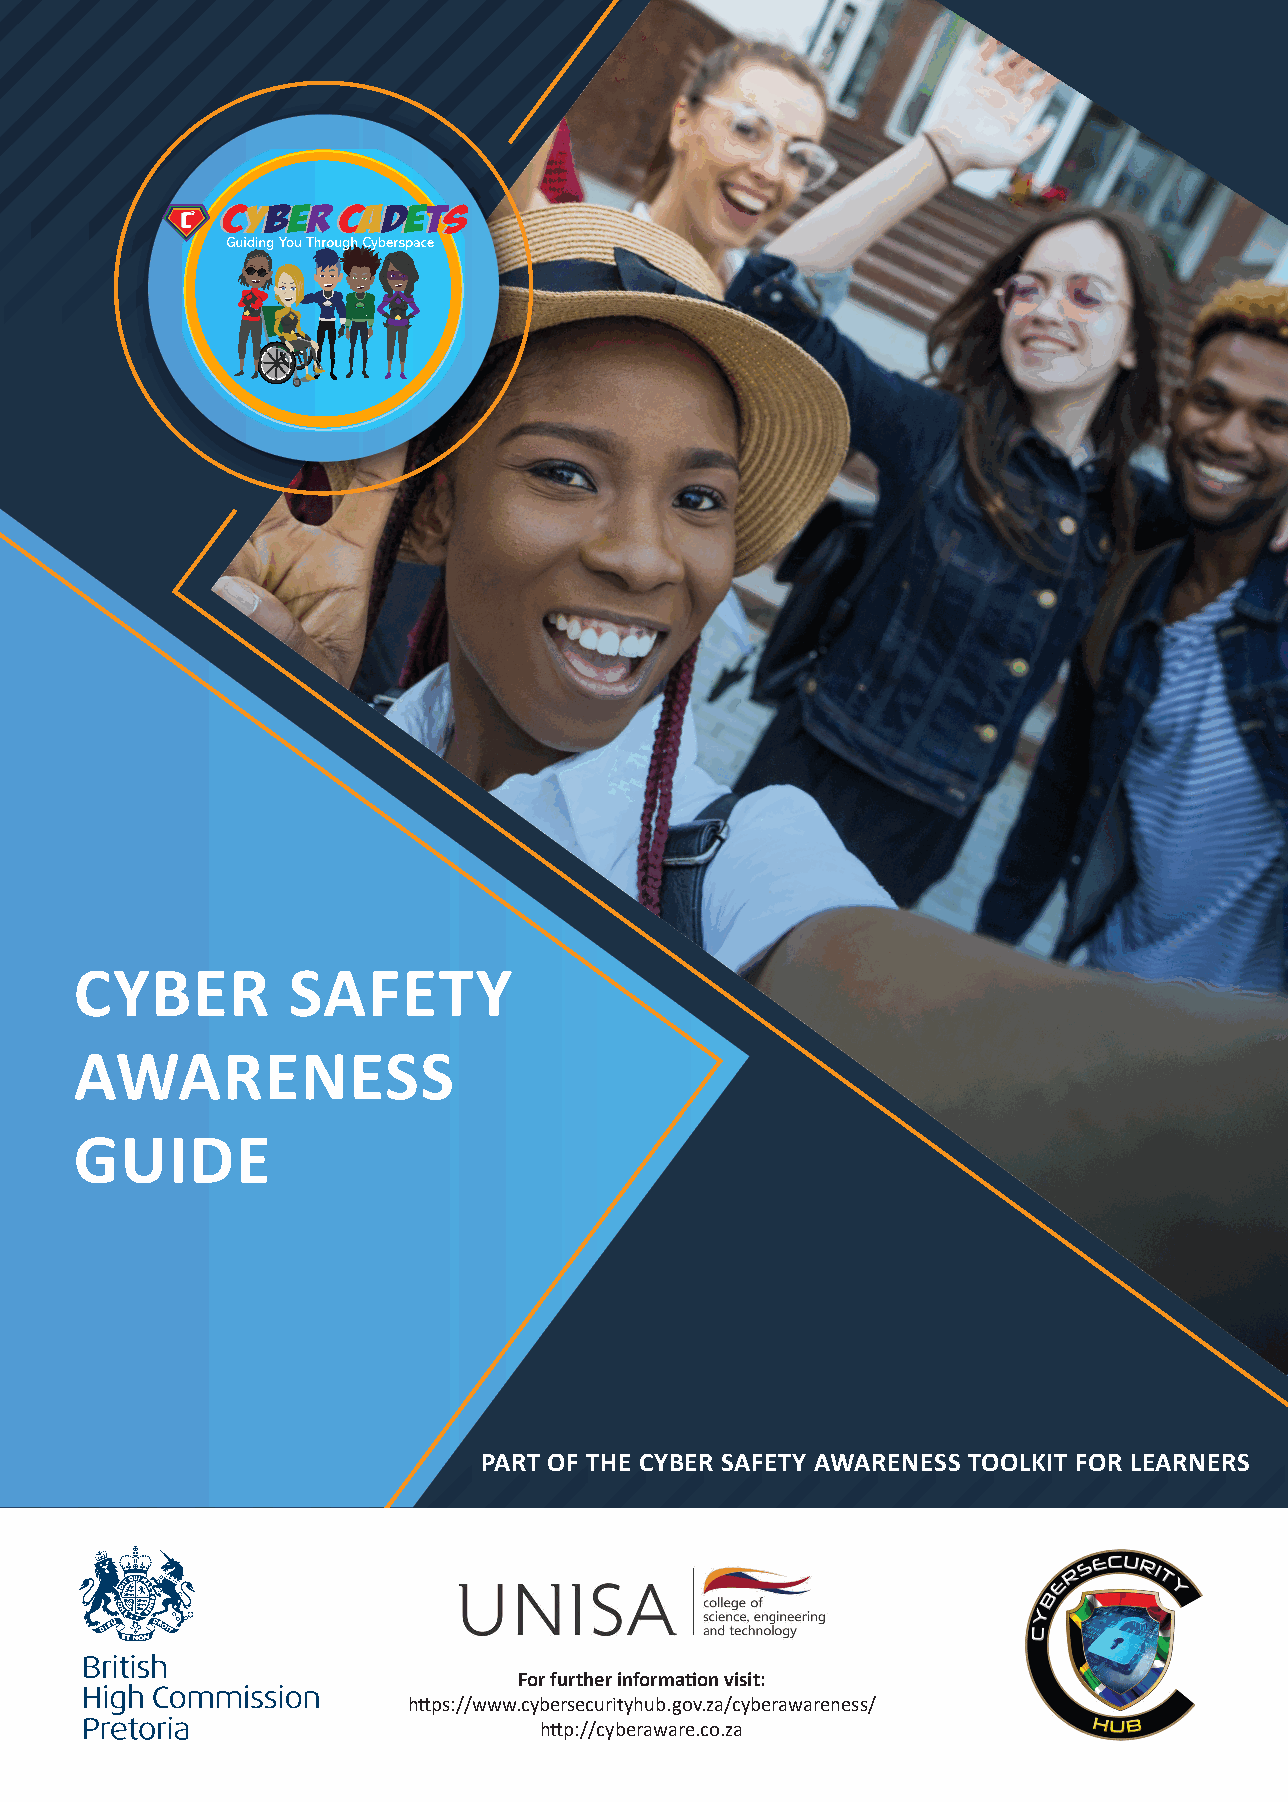
Cyber  Cadets
 CC222
 CYBER         SAFETY
 AWARENESS
 GUIDE
 PART OF THE CYBER SAFETY AWARENESS TOOLKIT FOR LEARNERS
 For further informa�on visit:
 h�ps://www.cybersecurityhub.gov.za/cyberawareness/
 h�p://cyberaware.co.za